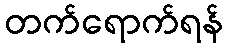
တက်ရောက်ရန်